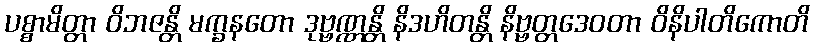
ပစ္စာမိတ္တာ ဝိဘဇန္တိ မက္ခနတော ဒုဗ္ဗဏ္ဏန္တိ နိဒဟိတန္တိ နိဗ္ဗတ္တဒေဝတာ ဝိနိပါတိကောတိ